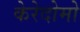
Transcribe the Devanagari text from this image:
केरेदोमो